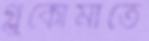
গ্লুকোমাতে